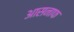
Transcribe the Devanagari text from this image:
आसनाफ